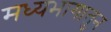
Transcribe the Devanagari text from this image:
मध्यभागातुन